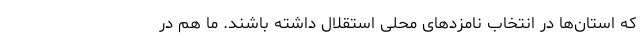
که استان‌ها در انتخاب نامزدهای محلی استقلال داشته باشند. ما هم در